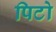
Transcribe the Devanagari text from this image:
पिटो